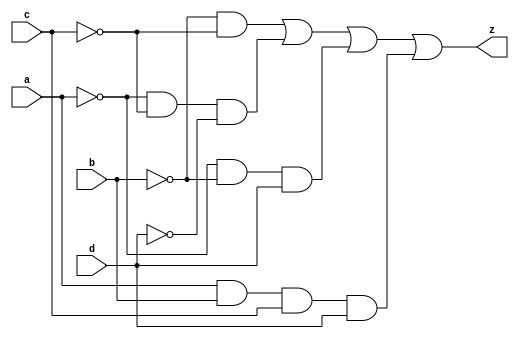
module minz(input a,input b,input c,input d,output z);
    assign z= ~b&~c||~a&~c&~d ||~a&~b&d ||a&b&c&d;
endmodule